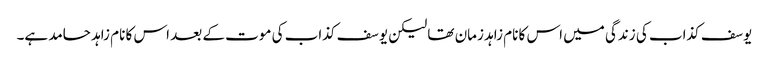
یوسف کذاب کی زندگی میں اس کا نام زاہد زمان تھا لیکن یوسف کذاب کی موت کے بعد اس کا نام زاہد حامد ہے۔